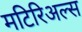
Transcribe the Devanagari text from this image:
मटिरिअल्स